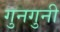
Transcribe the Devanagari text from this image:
गुनगुनी